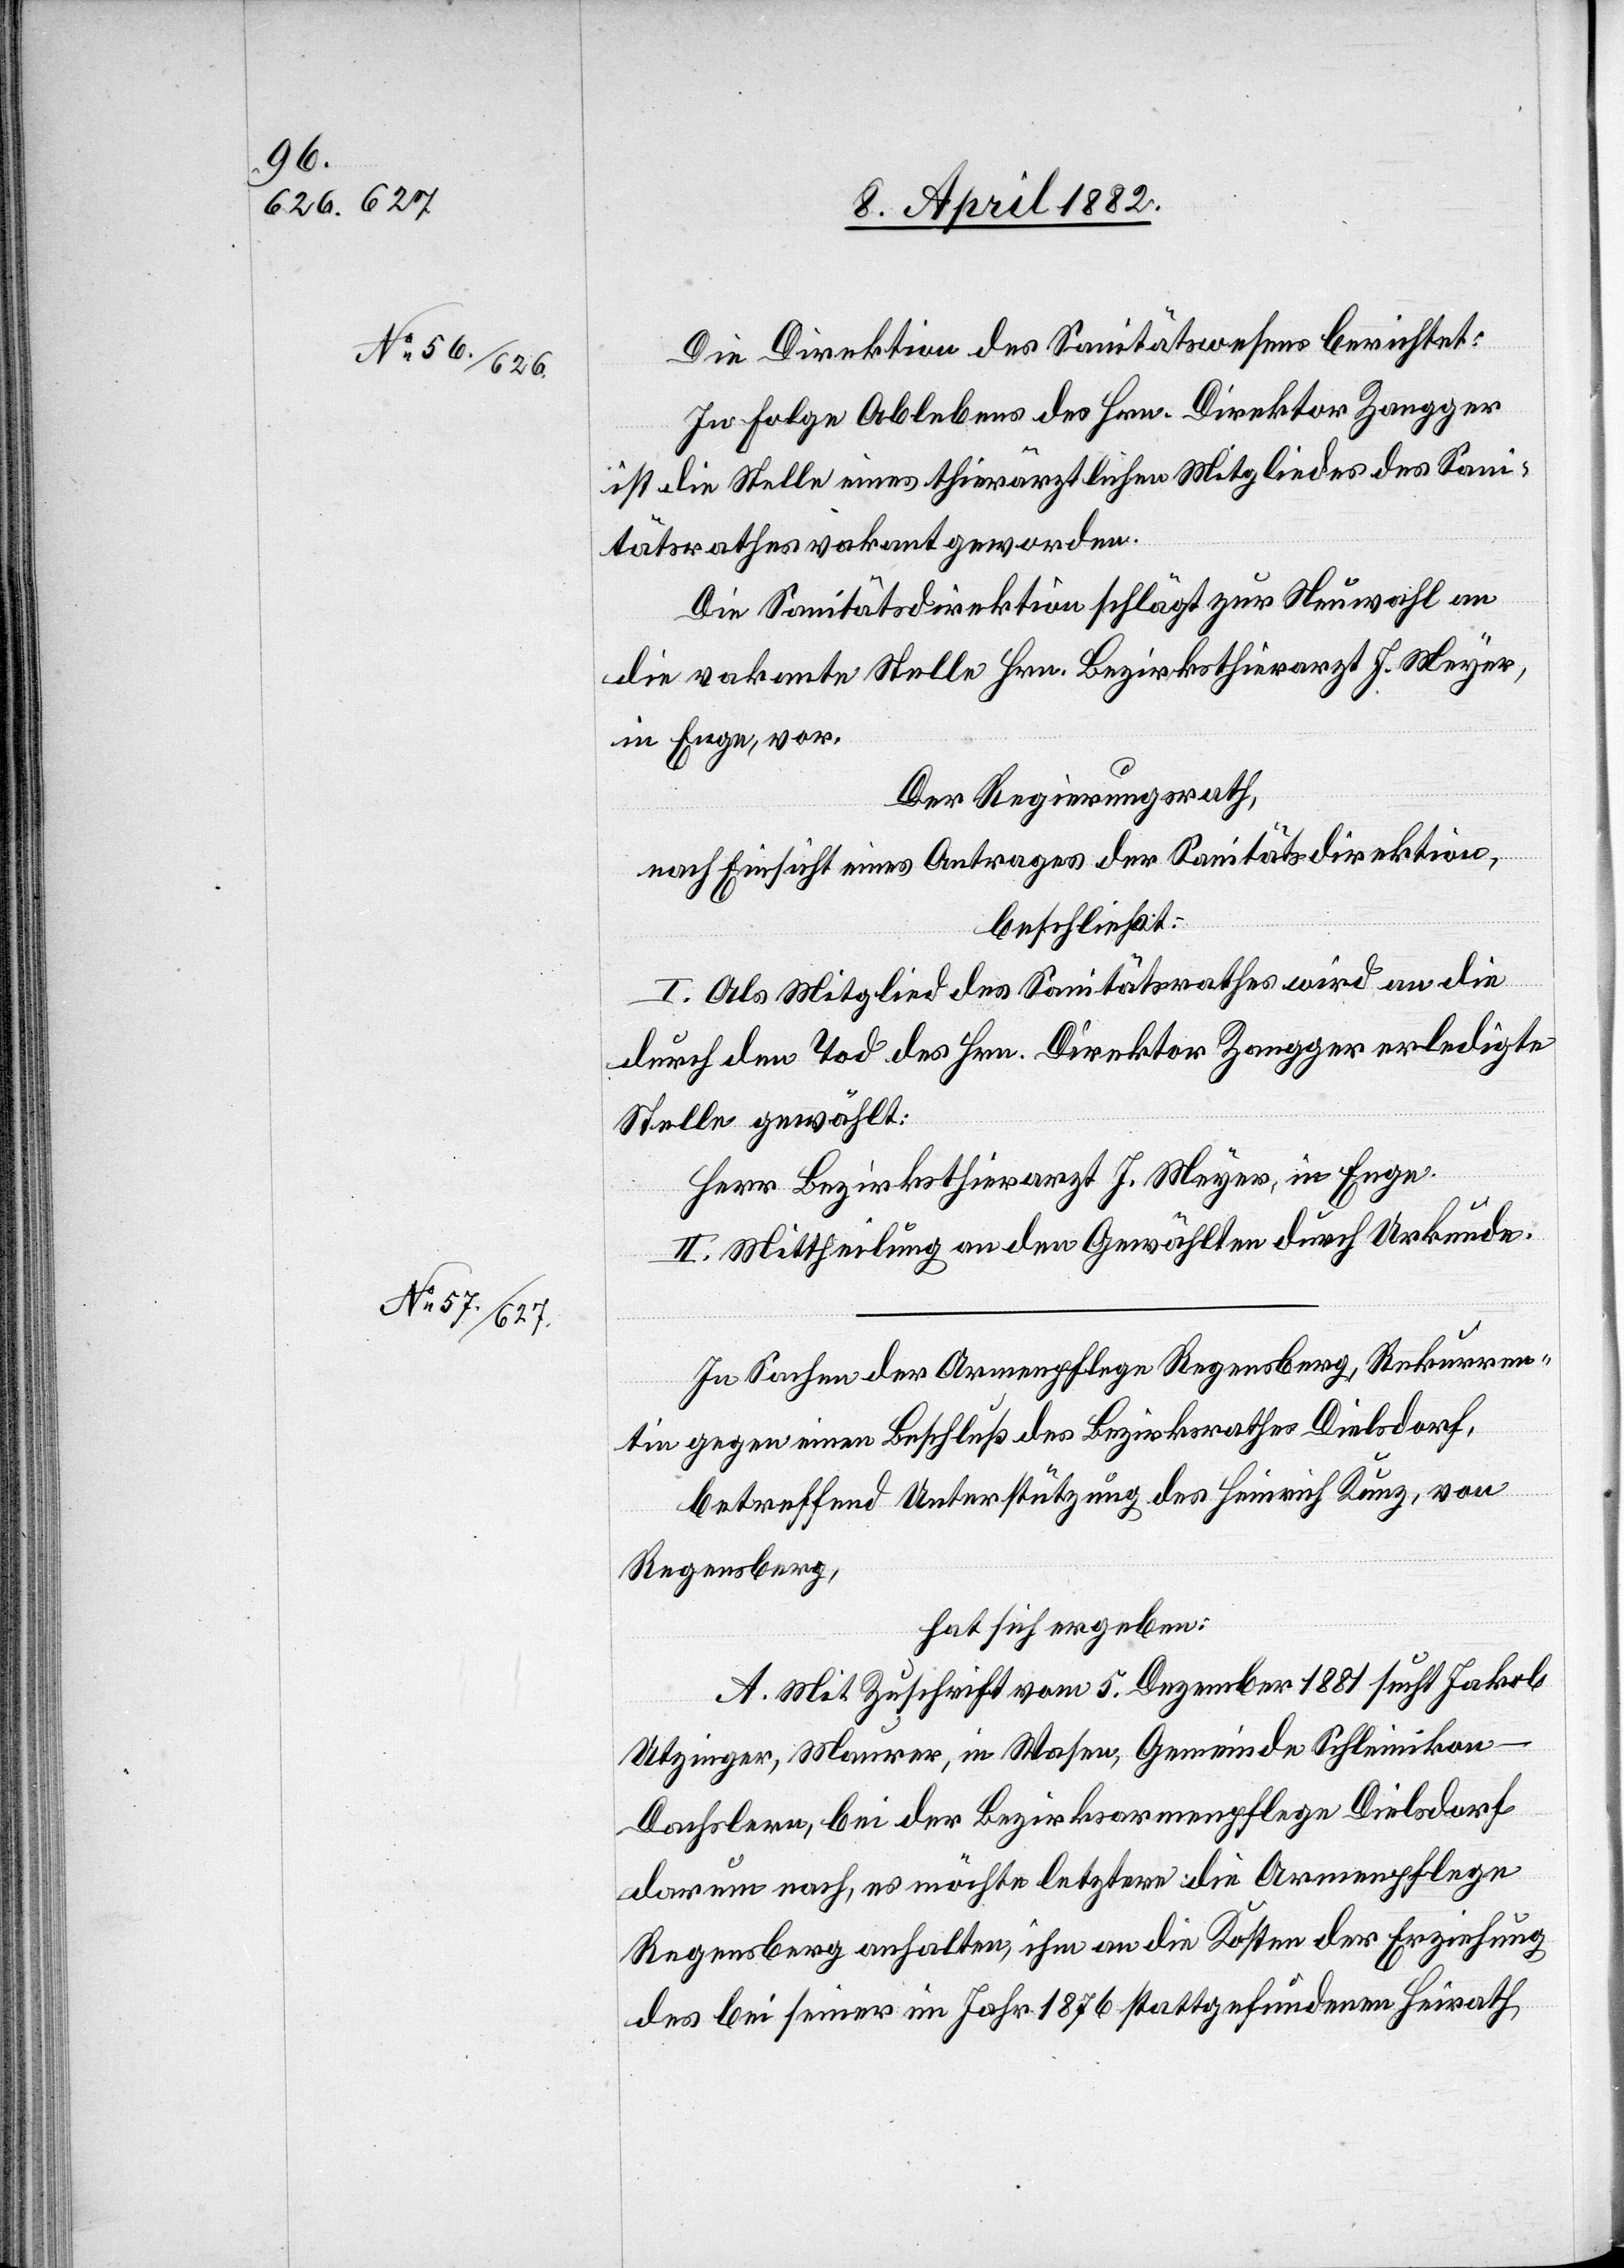
Die Direktion des Sanitätswesens berichtet:
In Folge Ablebens des Hrn. Direktor Zangger
ist die Stelle eines thierärztlichen Mitgliedes des Sani¬
tätsrathes vakant geworden.
Die Sanitätsdirektion schlägt zur Neuwahl an
die vakante Stelle Hrn. Bezirksthierarzt J. Meyer,
in Enge, vor.
Der Regierungsrath,
nach Einsicht eines Antrages der Sanitätsdirektion,
beschließt:
I. Als Mitglied des Sanitätsrathes wird an die
durch den Tod des Hrn. Direktor Zangger erledigte
Stelle gewählt:
Herr Bezirksthierarzt J. Meyer, in Enge.
II. Mittheilung an den Gewählten durch Urkunde.
In Sachen der Armenpflege Regensberg, Rekurren¬
tin gegen einen Beschluß des Bezirksrathes Dielsdorf,
betreffend Unterstützung des Heinrich Kunz, von
Regensberg,
hat sich ergeben:
A. Mit Zuschrift vom 5. Dezember 1881 sucht Jakob
Utzinger, Maurer, in Wasen, Gemeinde Schleinikon
Dachslern, bei der Bezirksarmenpflege Dielsdorf
darum nach, es möchte letztere die Armenpflege
Regensberg anhalten, ihm an die Kosten der Erziehung
des bei seiner im Jahr 1876 stattgefundenen Heirath